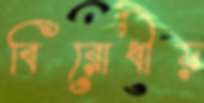
বিরোধীয়